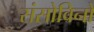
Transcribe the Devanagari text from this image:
संसोविनो